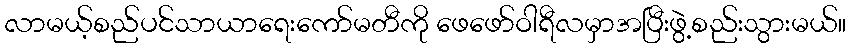
လာမယ့်စည်ပင်သာယာရေးကော်မတီကို ဖေဖော်ဝါရီလမှာအပြီးဖွဲ့စည်းသွားမယ်။